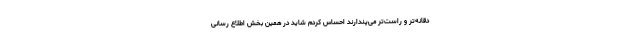
دقانه‌تر و راست‌تر می‌پندارند احساس کردم شاید در همین بخش اطلاع رسانی